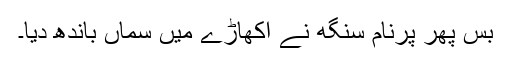
بس پھر پرنام سنگھ نے اکھاڑے میں سماں باندھ دیا۔